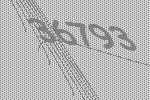
36793